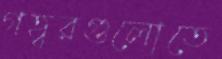
গহ্বরগুলোতে